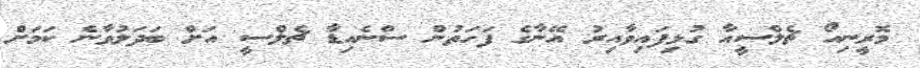
މޮރީނިއޯ ޗެލްސީއާ ގުޅިފައިވާއިރު އޭނާގެ ފަހަތުން ސްނެއިޑާ ޗެލްސީ އަށް ބަދަލުވާނެ ކަމަށް